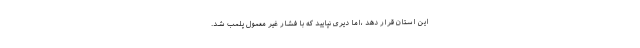
این استان قرار دهد ،اما دیری نپایید که با فشار غیر معمول پلمب شد.